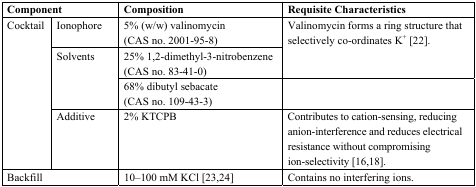
| <COLSPAN=2> Component | Composition | Requisite Characteristics |
 | --- | --- | --- | --- |
 | <ROWSPAN=4> Cocktail | Ionophore | 5% (w/w) valinomycin (CAS no. 2001-95-8) | <ROWSPAN=2> Valinomycin forms a ring structure that selectively co-ordinates K+[22]. |
 | <ROWSPAN=2> Solvents | 25% 1,2-dimethyl-3-nitrobenzene (CAS no. 83-41-0) |
 | 68% dibutyl sebacate (CAS no. 109-43-3) |  |
 | Additive | 2% KTCPB | Contributes to cation-sensing, reducing anion-interference and reduces electrical resistance without compromising ion-selectivity [16,18]. |
 | <COLSPAN=2> Backfill | 10–100 mM KCl [23,24] | Contains no interfering ions. |